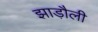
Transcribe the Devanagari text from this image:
झाड़ौली